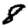
Digit: 8